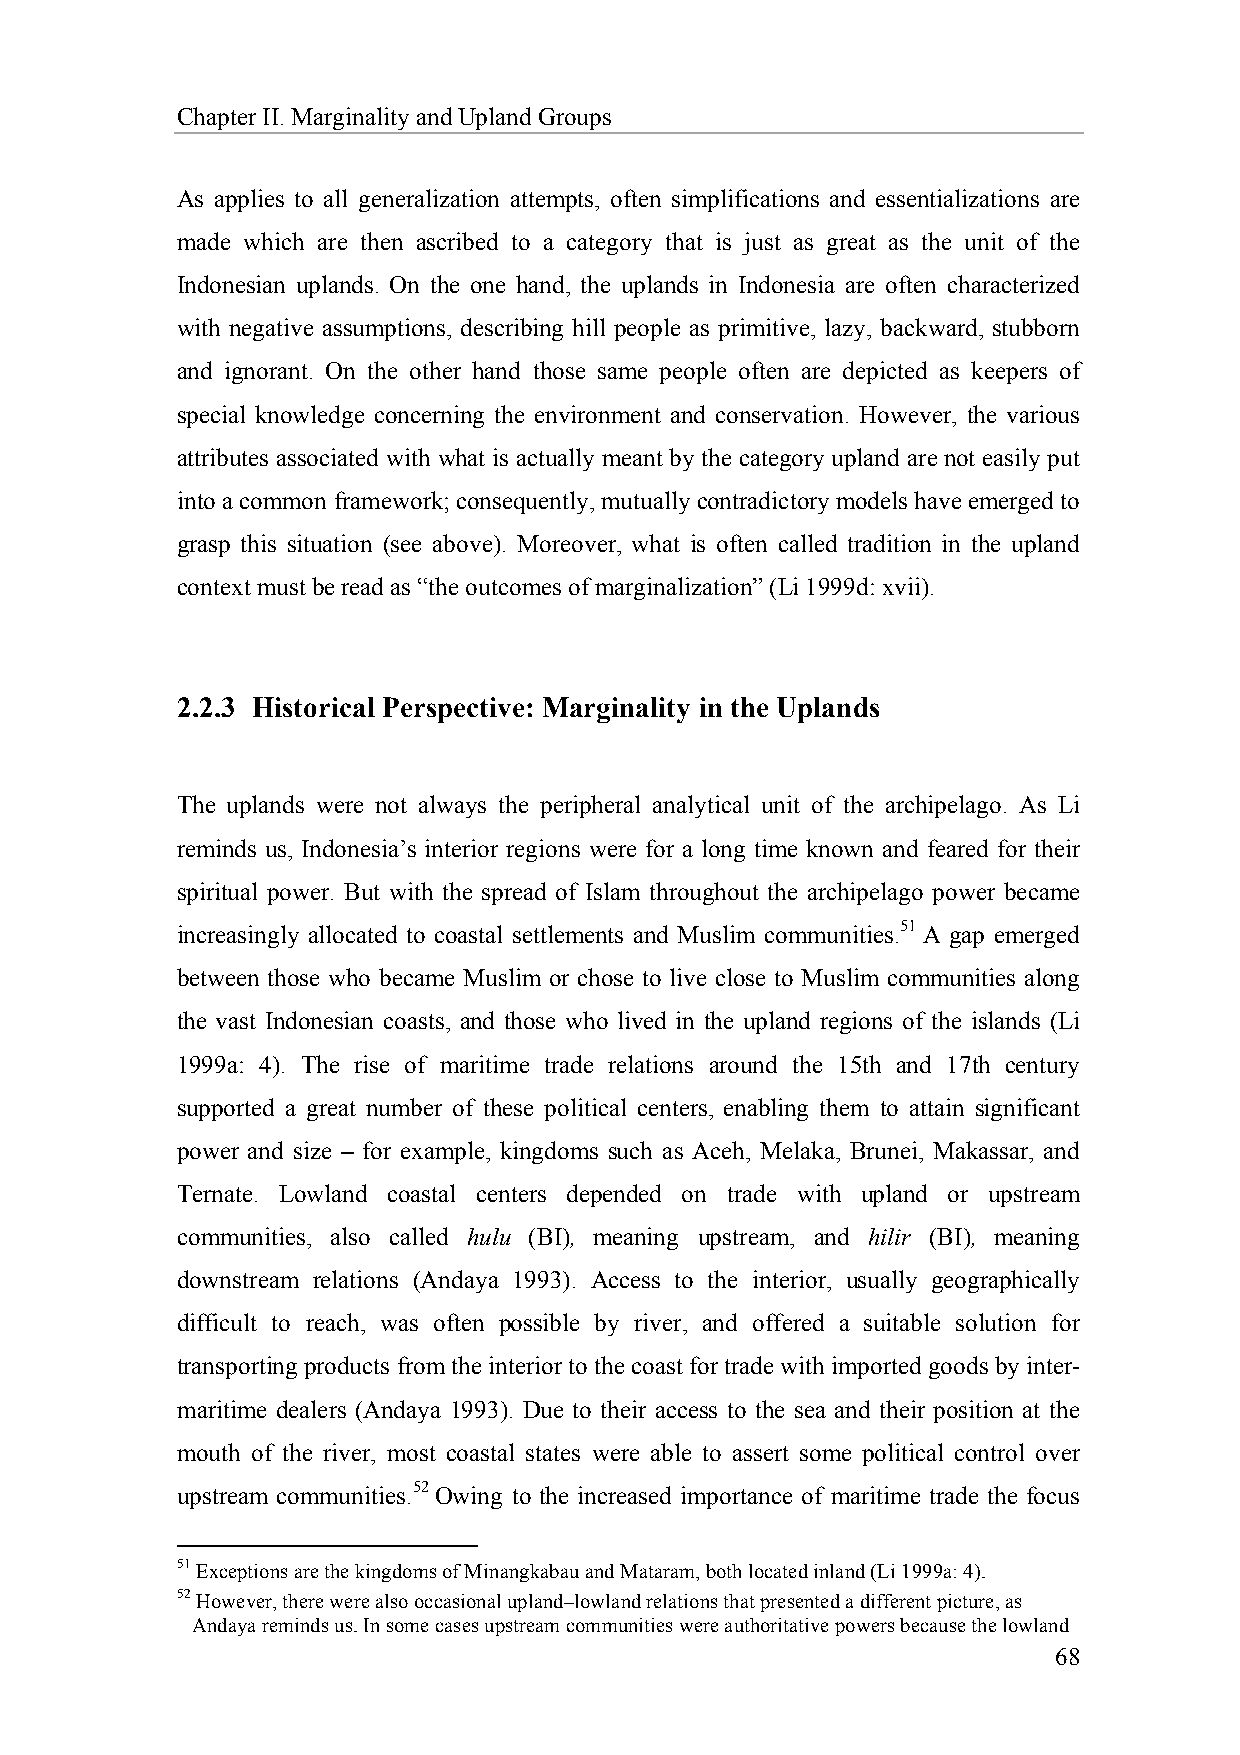
Chapter II. Marginality and Upland Groups
 As applies to all generalization attempts, often simplifications and essentializations are
 made which are then ascribed to a category that is just as great as the unit of the
 Indonesian uplands. On the one hand, the uplands in Indonesia are often characterized
 with negative assumptions, describing hill people as primitive, lazy, backward, stubborn
 and ignorant. On the other hand those same people often are depicted as keepers of
 special knowledge concerning the environment and conservation. However, the various
 attributes associated with what is actually meant by the category upland are not easily put
 into a common framework; consequently, mutually contradictory models have emerged to
 grasp this situation (see above). Moreover, what is often called tradition in the upland
 context must be read as “the outcomes of marginalization” (Li 1999d: xvii).
 2.2.3 Historical Perspective: Marginality in the Uplands
 The uplands were not always the peripheral analytical unit of the archipelago. As Li
 reminds us, Indonesia’s interior regions were for a long time known and feared for their
 spiritual power. But with the spread of Islam throughout the archipelago power became
 increasingly allocated to coastal settlements and Muslim communities.51 A gap emerged
 between those who became Muslim or chose to live close to Muslim communities along
 the vast Indonesian coasts, and those who lived in the upland regions of the islands (Li
 1999a: 4). The rise of maritime trade relations around the 15th and 17th century
 supported a great number of these political centers, enabling them to attain significant
 power and size – for example, kingdoms such as Aceh, Melaka, Brunei, Makassar, and
 Ternate. Lowland coastal centers depended on trade with upland or upstream
 communities, also called hulu (BI), meaning upstream, and hilir (BI), meaning
 downstream relations (Andaya 1993). Access to the interior, usually geographically
 difficult to reach, was often possible by river, and offered a suitable solution for
 transporting products from the interior to the coast for trade with imported goods by inter-
 maritime dealers (Andaya 1993). Due to their access to the sea and their position at the
 mouth of the river, most coastal states were able to assert some political control over
 upstream communities.52 Owing to the increased importance of maritime trade the focus
 51 Exceptions are the kingdoms of Minangkabau and Mataram, both located inland (Li 1999a: 4).
 52 However, there were also occasional upland–lowland relations that presented a different picture, as
 Andaya reminds us. In some cases upstream communities were authoritative powers because the lowland
 68